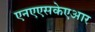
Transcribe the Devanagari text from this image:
एनएएसकेएआर